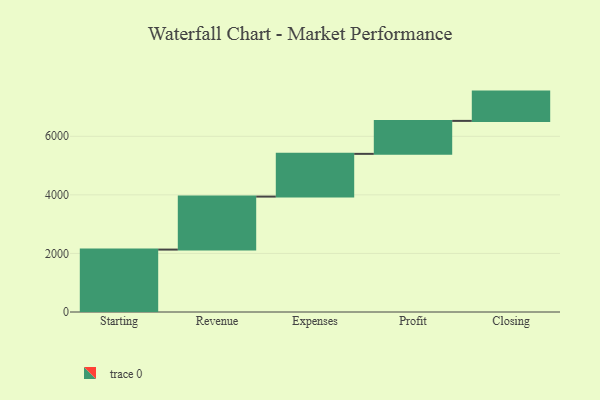
{"axis": {"x": "Step", "y": "Value"}, "legend": [""], "data": [{"x": "Starting", "y": 2131.0, "type": ""}, {"x": "Revenue", "y": 1810.0, "type": ""}, {"x": "Expenses", "y": 1459.0, "type": ""}, {"x": "Profit", "y": 1126.0, "type": ""}, {"x": "Closing", "y": 1000, "type": ""}]}